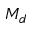
M _ { d }